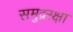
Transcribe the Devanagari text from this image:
समुद्ररक्षा